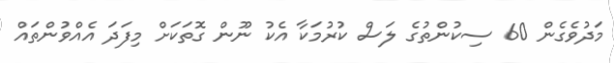
މަދުވެގެން 60 ސިކުންތުގެ ލަސް ކުރުމަކާ އެކު ނޫން ގޮތަކަށް މިފަދަ އެއްވުންތައް